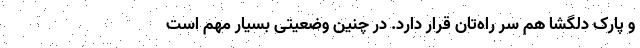
و پارک دلگشا هم سر راه‌تان قرار دارد. در چنین وضعیتی بسیار مهم است